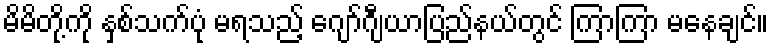
မိမိတို့ကို နှစ်သက်ပုံ မရသည့် ဂျော်ဂျီယာပြည်နယ်တွင် ကြာကြာ မနေချင်။